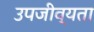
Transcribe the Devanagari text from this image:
उपजीव्यता